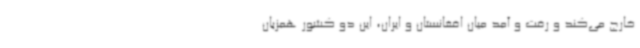
خارج می‌کند و رفت و آمد میان افغانستان و ایران، این دو کشور همزبان